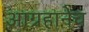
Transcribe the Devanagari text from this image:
आग्रहानेच